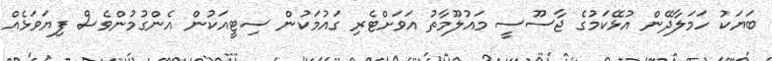
ބަޔަކު ހަމަލާދޭން އުޅޭކަމުގެ ޖާސޫސީ މައުލޫމާތު އަވަށްޓެރި ގައުމަކުން ސިޓީއަކުން އެންގުމުންވެސް ފިޔަވަޅެއް